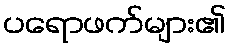
ပရောဖက်များ၏